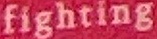
Fighting